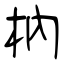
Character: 枘